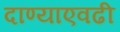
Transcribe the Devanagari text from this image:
दाण्याएवढी